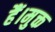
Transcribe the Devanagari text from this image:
हैं।मुक्त